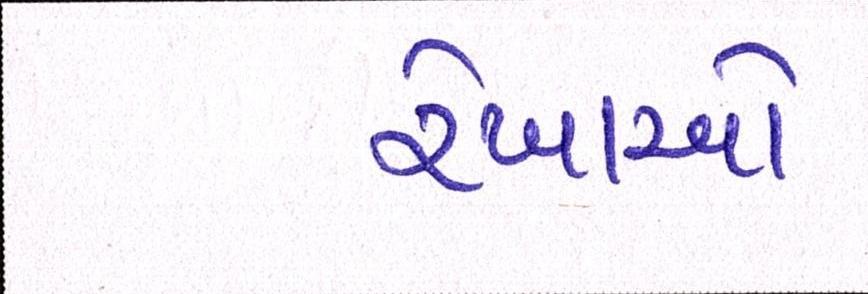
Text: રેખાઓ